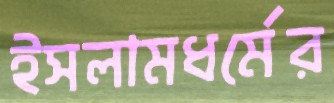
ইসলামধর্মের